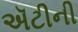
ઍટીની